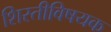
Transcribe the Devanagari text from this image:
शिस्तीविषयक